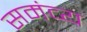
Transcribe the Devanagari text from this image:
समंव्य